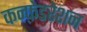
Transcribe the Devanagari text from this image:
कन्फ़ेडरेशन